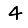
Digit: 4